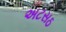
અટસઠ